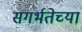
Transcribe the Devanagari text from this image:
सगर्भतेच्या